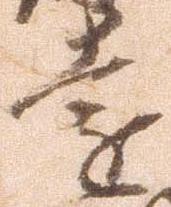
遠